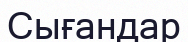
Сығандар